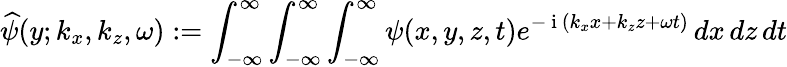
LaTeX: \widehat{\psi}(y;k_{x},k_{z},\omega):=\int_{-\infty}^{\infty}\int_{-\infty}^{\infty}\int_{-\infty}^{\infty}\psi(x,y,z,t)e^{-\mathrm{~i~}(k_{x}x+k_{z}z+\omega t)}\, dx\, dz\, dt